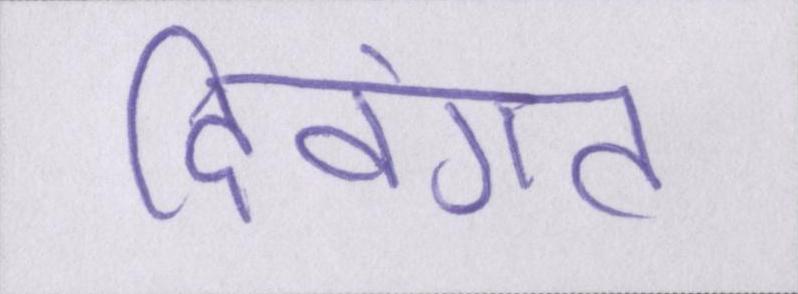
दिवंगत